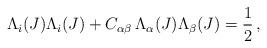
LaTeX: \begin{align*}\Lambda_i(J) \Lambda_i(J) + C_{\alpha \beta} \,\Lambda_\alpha(J)\Lambda_\beta(J) = \frac{1}{2} \,,\end{align*}